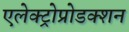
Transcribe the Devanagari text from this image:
एलेक्ट्रोप्रोडक्शन